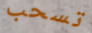
تسحب